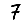
Digit: 7